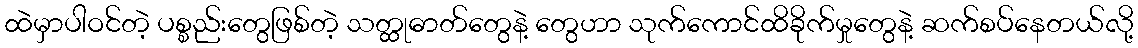
ထဲမှာပါဝင်တဲ့ ပစ္စည်းတွေဖြစ်တဲ့ သတ္ထုဓာတ်တွေနဲ့ တွေဟာ သုက်ကောင်ထိခိုက်မှုတွေနဲ့ ဆက်စပ်နေတယ်လို့